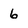
Character: 6